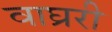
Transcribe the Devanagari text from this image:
वाघ्ररी